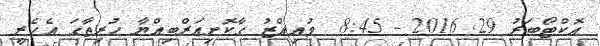
އޮކްޓޯބަރު 29